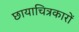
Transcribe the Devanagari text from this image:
छायाचित्रकारों